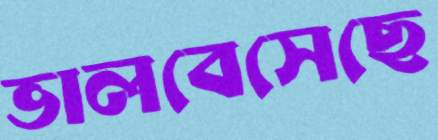
ভালবেসেছে